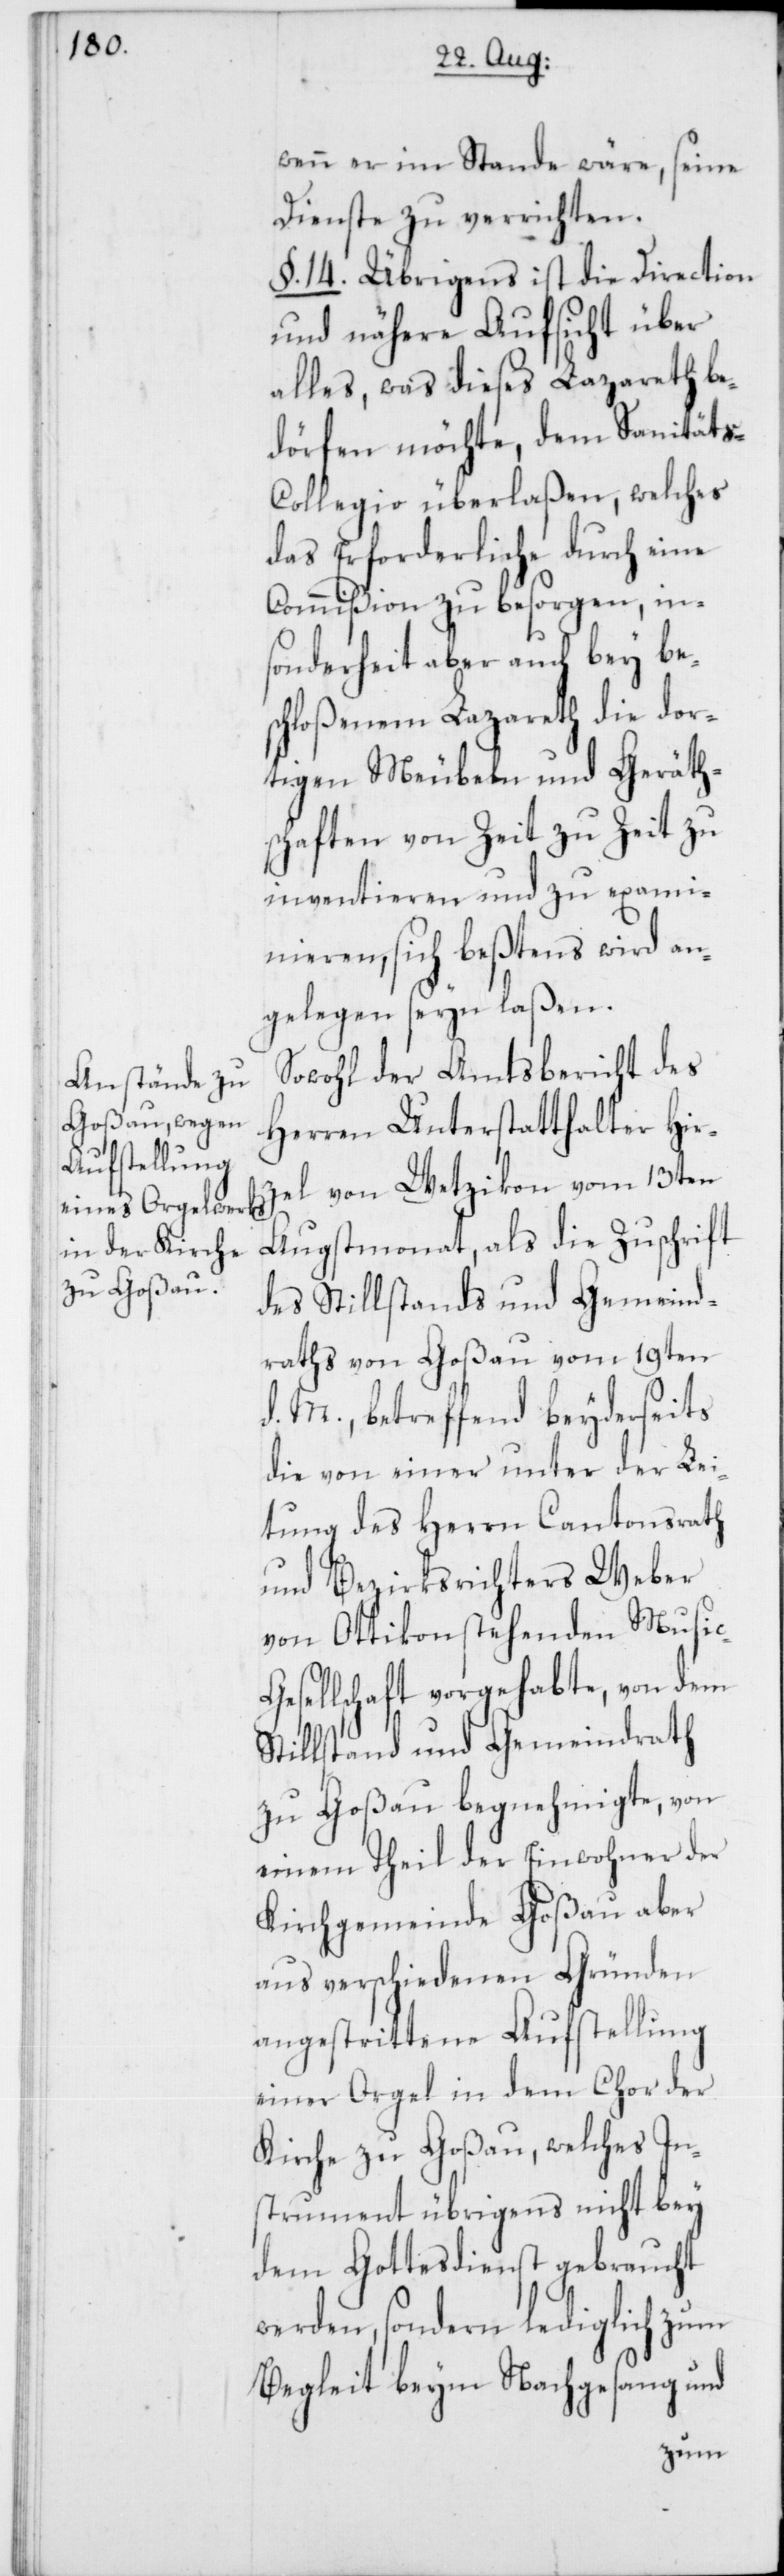
wenn er im Stande wäre, seine
Dienste zu verrichten.
§. 14. Übrigens ist die Direction
und nähere Aufsicht über
alles, was dieses Lazareth be¬
dörfen möchte, dem Sanitäts-C¬
ollegio überlaßen, welches
das Erforderliche durch eine
Commißion zu besorgen, in¬
sonderheit aber auch bey be¬
schloßenem Lazareth die dor¬
tigen Meubeln und Geräth¬
schaften von Zeit zu Zeit zu
inventieren und zu exami¬
nieren, sich bestens wird an¬
gelegen seyn laßen.
Sowohl der Amtsbericht des
Herren Unterstatthalter Hir¬
zel von Wetzikon vom 13ten
Augstmonat, als die Zuschrift
des Stillstands und Gemeind¬
raths von Goßau vom 19ten
d. M., betreffend beyderseits
die von einer unter der Lei¬
tung des Herrn Cantonsrath
und Bezirksrichters Weber
von Ottikon stehenden Music-G¬
esellschaft vorgehabte, von dem
Stillstand und Gemeindrath
zu Goßau begnehmigte, von
einem Theil der Einwohner der
Kirchgemeinde Goßau aber
aus verschiedenen Gründen
angestrittene Aufstellung
einer Orgel in dem Chor der
Kirche zu Goßau, welches In¬
strument übrigens nicht bey
dem Gottesdienst gebraucht
werden, sondern lediglich zum
Begleit beym Nachgesang und